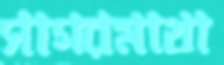
সাগরমাথা